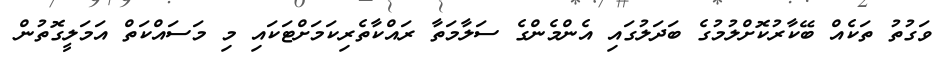
ވަގުތު ތަކެއް ބޭކާރުކޮށްލުމުގެ ބަދަލުގައި އެންމެންގެ ސަލާމަތާ ރައްކާތެރިކަމަށްޓަކައި މި މަސައްކަތް އަމަލީގޮތުން